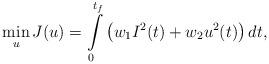
LaTeX: \begin{align*}\min_{u}J(u)=\int\limits_{0}^{t_f} \left( w_1 I^2(t)+ w_2 u^2(t) \right) dt,\end{align*}